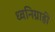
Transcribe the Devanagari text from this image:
ध्वनिग्राही